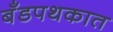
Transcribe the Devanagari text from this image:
बँडपथकात